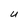
Character: U